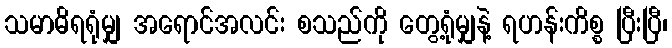
သမာဓိရရုံမျှ အရောင်အလင်း စသည်ကို တွေ့ရုံမျှနဲ့ ရဟန်းကိစ္စ ပြီးပြီ၊